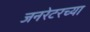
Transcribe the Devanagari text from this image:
जनरेटरच्या